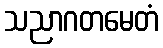
သညာဂတမေတံ